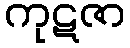
ကုဋဇာ